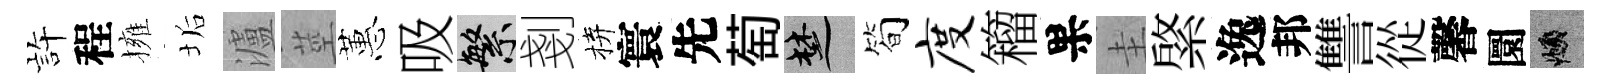
静程擁垢瀘莖蕙吸繁剗拚寰先萄楚简度籕果圭綮逸邦讐從馨圜頫